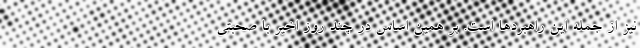
نیز از جمله این راهبردها است. بر همین اساس در چند روز اخیر با صحبتی